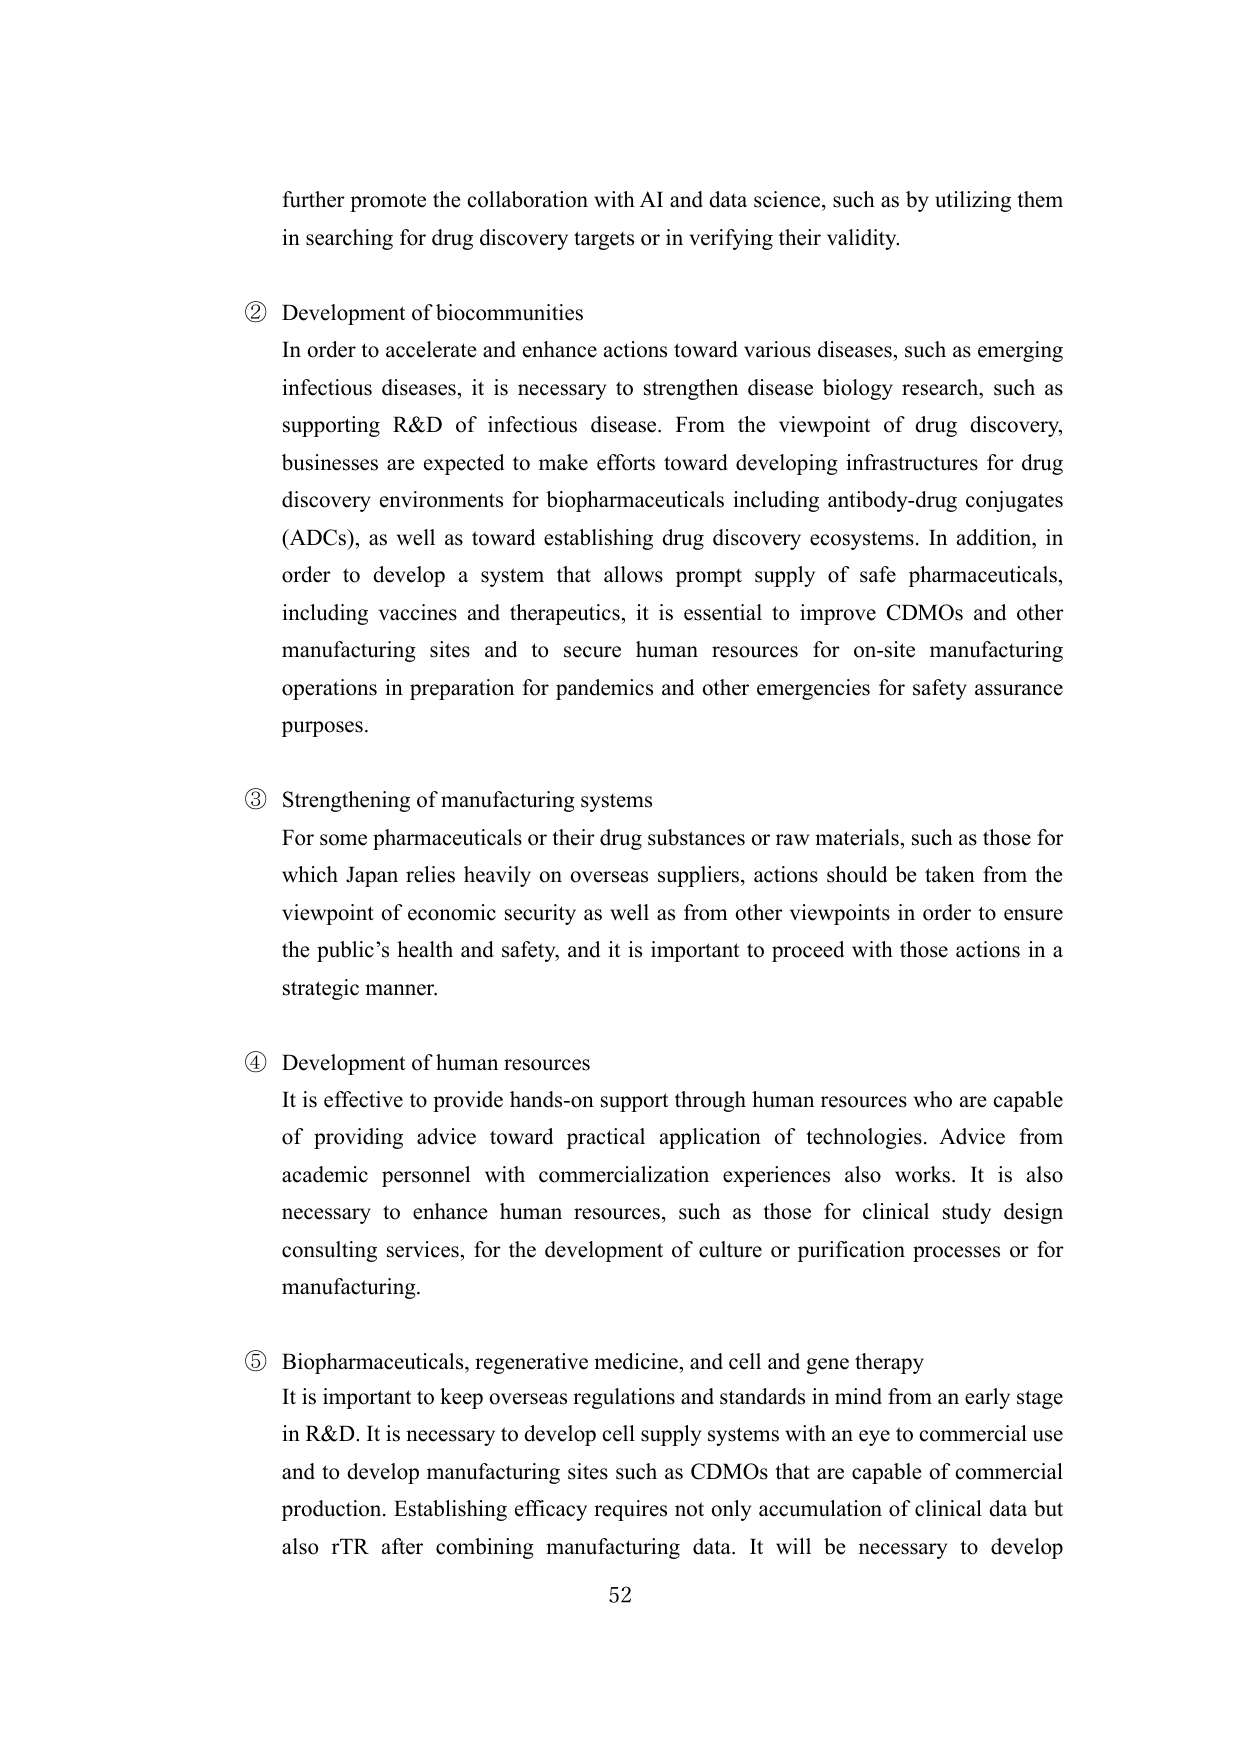
further promote the collaboration with AI and data science, such as by utilizing them in searching for drug discovery targets or in verifying their validity.

② Development of biocommunities
In order to accelerate and enhance actions toward various diseases, such as emerging infectious diseases, it is necessary to strengthen disease biology research, such as supporting R&D of infectious disease. From the viewpoint of drug discovery, businesses are expected to make efforts toward developing infrastructures for drug discovery environments for biopharmaceuticals including antibody-drug conjugates (ADCs), as well as toward establishing drug discovery ecosystems. In addition, in order to develop a system that allows prompt supply of safe pharmaceuticals, including vaccines and therapeutics, it is essential to improve CDMOs and other manufacturing sites and to secure human resources for on-site manufacturing operations in preparation for pandemics and other emergencies for safety assurance purposes.

③ Strengthening of manufacturing systems
For some pharmaceuticals or their drug substances or raw materials, such as those for which Japan relies heavily on overseas suppliers, actions should be taken from the viewpoint of economic security as well as from other viewpoints in order to ensure the public’s health and safety, and it is important to proceed with those actions in a strategic manner.

④ Development of human resources
It is effective to provide hands-on support through human resources who are capable of providing advice toward practical application of technologies. Advice from academic personnel with commercialization experiences also works. It is also necessary to enhance human resources, such as those for clinical study design consulting services, for the development of culture or purification processes or for manufacturing.

⑤ Biopharmaceuticals, regenerative medicine, and cell and gene therapy
It is important to keep overseas regulations and standards in mind from an early stage in R&D. It is necessary to develop cell supply systems with an eye to commercial use and to develop manufacturing sites such as CDMOs that are capable of commercial production. Establishing efficacy requires not only accumulation of clinical data but also rTR after combining manufacturing data. It will be necessary to develop

52